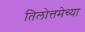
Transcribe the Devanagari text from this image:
तिलोत्तमेच्या